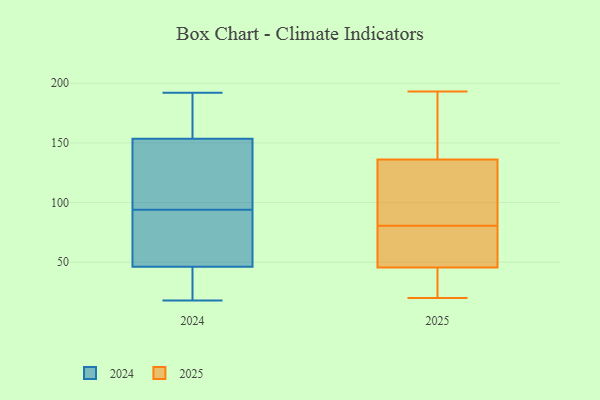
{"axis": {"x": "Headcount", "y": "Value"}, "legend": ["2024", "2025"], "data": [{"x": "", "y": 42, "type": "2025"}, {"x": "", "y": 55, "type": "2025"}, {"x": "", "y": 74, "type": "2025"}, {"x": "", "y": 189, "type": "2025"}, {"x": "", "y": 193, "type": "2025"}, {"x": "", "y": 159, "type": "2025"}, {"x": "", "y": 49, "type": "2025"}, {"x": "", "y": 93, "type": "2025"}, {"x": "", "y": 50, "type": "2025"}, {"x": "", "y": 95, "type": "2025"}, {"x": "", "y": 87, "type": "2025"}, {"x": "", "y": 157, "type": "2025"}, {"x": "", "y": 69, "type": "2025"}, {"x": "", "y": 40, "type": "2025"}, {"x": "", "y": 90, "type": "2025"}, {"x": "", "y": 115, "type": "2025"}, {"x": "", "y": 20, "type": "2025"}, {"x": "", "y": 31, "type": "2025"}, {"x": "", "y": 27, "type": "2025"}, {"x": "", "y": 160, "type": "2025"}, {"x": "", "y": 94, "type": "2024"}, {"x": "", "y": 59, "type": "2024"}, {"x": "", "y": 35, "type": "2024"}, {"x": "", "y": 107, "type": "2024"}, {"x": "", "y": 159, "type": "2024"}, {"x": "", "y": 74, "type": "2024"}, {"x": "", "y": 18, "type": "2024"}, {"x": "", "y": 155, "type": "2024"}, {"x": "", "y": 180, "type": "2024"}, {"x": "", "y": 84, "type": "2024"}, {"x": "", "y": 149, "type": "2024"}, {"x": "", "y": 42, "type": "2024"}, {"x": "", "y": 29, "type": "2024"}, {"x": "", "y": 192, "type": "2024"}, {"x": "", "y": 122, "type": "2024"}]}